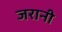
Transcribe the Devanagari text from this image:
जरानी